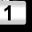
Digit: 1